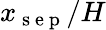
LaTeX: x_{\mathrm{~s~e~p~}}/H